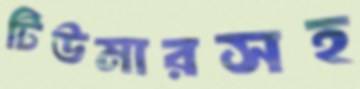
টিউমারসহ